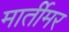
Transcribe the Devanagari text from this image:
मार्तीमर